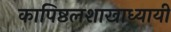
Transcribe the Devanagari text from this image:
कापिष्ठलशाखाध्यायी